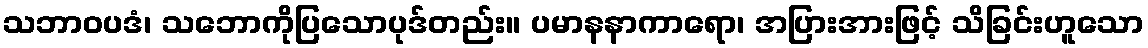
သဘာဝပဒံ၊ သဘောကိုပြသောပုဒ်တည်း။ ပမာနနာကာရော၊ အပြားအားဖြင့် သိခြင်းဟူသော